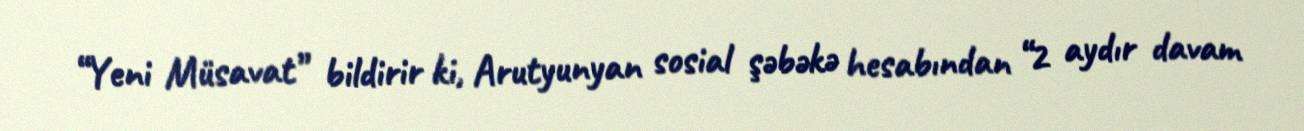
“Yeni Müsavat” bildirir ki, Arutyunyan sosial şəbəkə hesabından “2 aydır davam